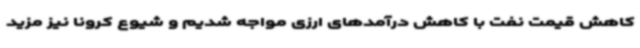
کاهش قیمت نفت با کاهش درآمدهای ارزی مواجه شدیم و شیوع کرونا نیز مزید